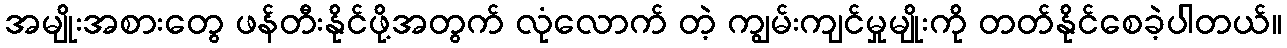
အမျိုးအစားတွေ ဖန်တီးနိုင်ဖို့အတွက် လုံလောက် တဲ့ ကျွမ်းကျင်မှုမျိုးကို တတ်နိုင်စေခဲ့ပါတယ်။